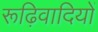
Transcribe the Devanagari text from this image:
रूढ़िवादियों